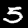
Digit: 5